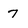
Character: 7